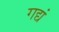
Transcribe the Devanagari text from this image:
गद्यं